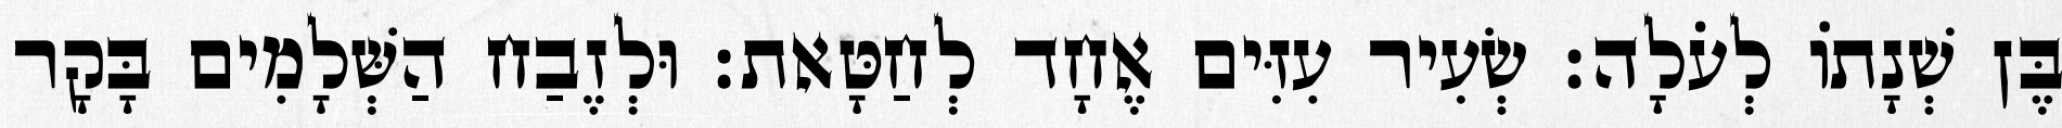
בֶּן שְׁנָתוֹ לְעֹלָה׃ שְׂעִיר עִזִּים אֶחָד לְחַטָּאת׃ וּלְזֶבַח הַשְּׁלָמִים בָּקָר